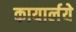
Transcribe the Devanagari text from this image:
कायार्लये